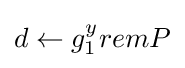
d\leftarrow g_{1}^{y}remP